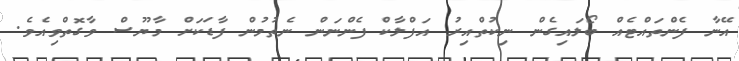
އޭނާ ފެންތައްޓެއް ބޯލައިގެން ނިކުތްއިރު އަފްލާކް ފެންނަން ނެތުމުން ފާޑަކަށް މާޔޫސް ވާގޮތްވިއެވެ.